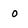
Character: o